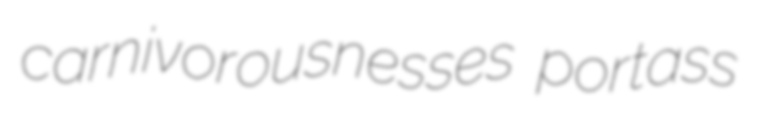
carnivorousnesses portass